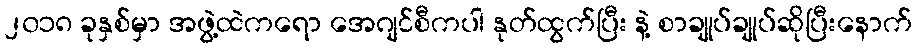
၂၀၁၈ ခုနှစ်မှာ အဖွဲ့ထဲကရော အေဂျင်စီကပါ နုတ်ထွက်ပြီး နဲ့ စာချုပ်ချုပ်ဆိုပြီးနောက်